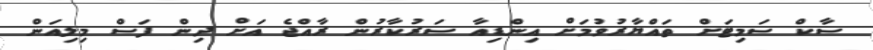
ސާކް ސަމިޓަށް ތައްޔާރުވުމަށް އިންޑިއާ ސަރުކާރުން ރާއްޖެ އަށް ދިން ފަސް މިލިއަން